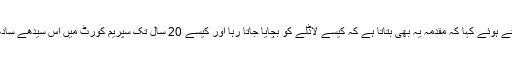
انہوں نے نوازشریف کو لاڈلہ قرار دیتے ہوئے کہا کہ مقدمہ یہ بھی بتاتا ہے کہ کیسے لاڈلے کو بچایا جاتا رہا اور کیسے 20 سال تک سپریم کورٹ میں اس سیدھے سادھے مقدمے کی سماعت نہیں کی گئی۔